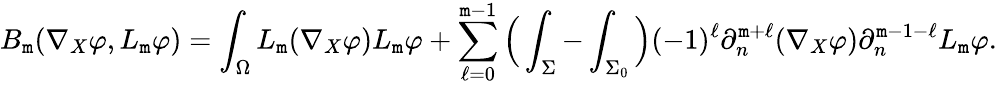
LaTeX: B_{\mathtt{m}}(\nabla_{X}\varphi,L_{\mathtt{m}}\varphi)=\int_{\Omega}L_{\mathtt{m}}(\nabla_{X}\varphi)L_{\mathtt{m}}\varphi+\sum_{\ell=0}^{\mathtt{m}-1}\Big(\int_{\Sigma}-\int_{\Sigma_{0}}\Big)(-1)^{\ell}\partial_{n}^{\mathtt{m}+\ell}(\nabla_{X}\varphi)\partial_{n}^{\mathtt{m}-1-\ell}L_{\mathtt{m}}\varphi.